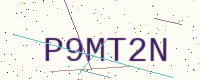
Text: P9MT2N